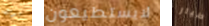
سوف لايستطيعون طيار